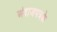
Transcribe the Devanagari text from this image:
अंदाजपत्रके